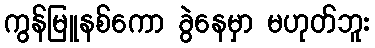
ကွန်မြူနစ်ကော ခွဲနေမှာ မဟုတ်ဘူး